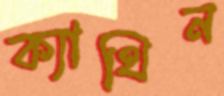
ক্যাথিন